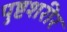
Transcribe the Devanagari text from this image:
पुष्टशरीर